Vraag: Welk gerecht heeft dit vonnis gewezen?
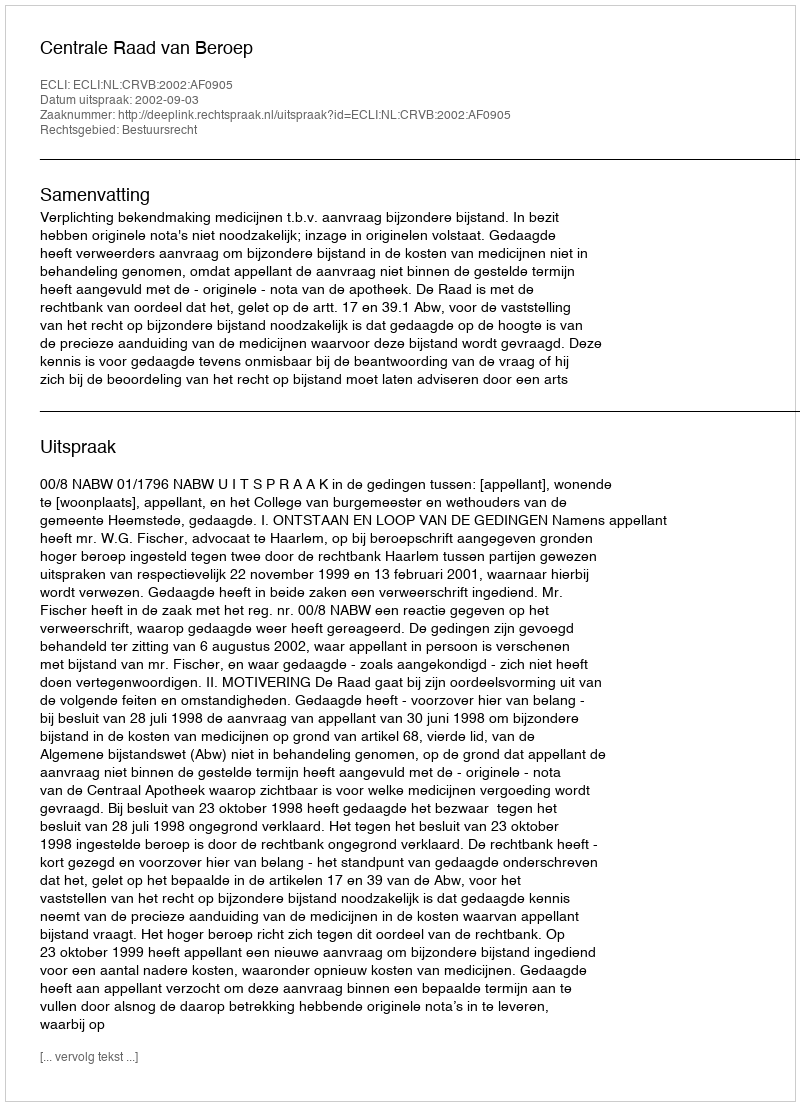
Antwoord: Centrale Raad van Beroep